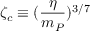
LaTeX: \zeta _ { c } \equiv ( \frac { \eta } { m _ { P } } ) ^ { 3 / 7 }